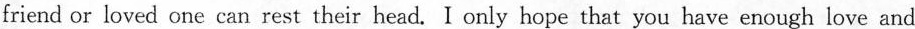
friend or loved one can rest their head. I only hope that you have enough love and